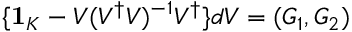
\{ { \bf 1 } _ { K } - V ( V ^ { \dagger } V ) ^ { - 1 } V ^ { \dagger } \} d V = ( G _ { 1 } , G _ { 2 } )